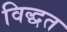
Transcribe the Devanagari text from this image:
विद्धत